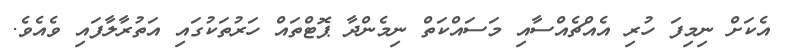
އެކަށް ނިމިފަ ހުރި އެއްޗެއްސާއި މަސައްކަތް ނިމެންދާ ޕޮޓްތައް ހަރުތަކުގައި އަތުރާލާފައި ވެއެވެ.